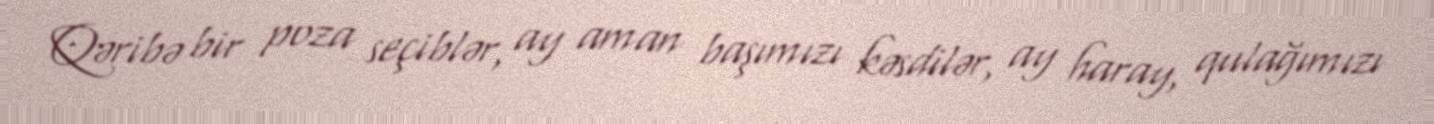
Qəribə bir poza seçiblər, ay aman başımızı kəsdilər, ay haray, qulağımızı